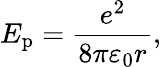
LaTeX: E_{\mathrm{p}}={\frac{e^{2}}{8\pi\varepsilon_{0}r}},